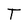
Character: T